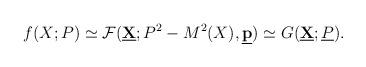
LaTeX: \begin{align*}f (X; P) \simeq {\cal F} (\underline{\bf X}; P^2 - M^2 (X), \underline{\bf p}) \simeq G (\underline{\bf X}; \underline{P}) . \end{align*}